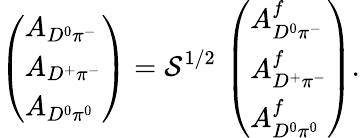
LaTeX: \left(\begin{array}{l}{{A_{D^{0}\pi^{-}}}}\\ {{A_{D^{+}\pi^{-}}}}\\ {{A_{D^{0}\pi^{0}}}}\end{array}\right)={\cal S}^{1/2}\, \left(\begin{array}{l}{{A_{D^{0}\pi^{-}}^{f}}}\\ {{A_{D^{+}\pi^{-}}^{f}}}\\ {{A_{D^{0}\pi^{0}}^{f}}}\end{array}\right).